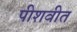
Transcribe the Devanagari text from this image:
पीशवीत